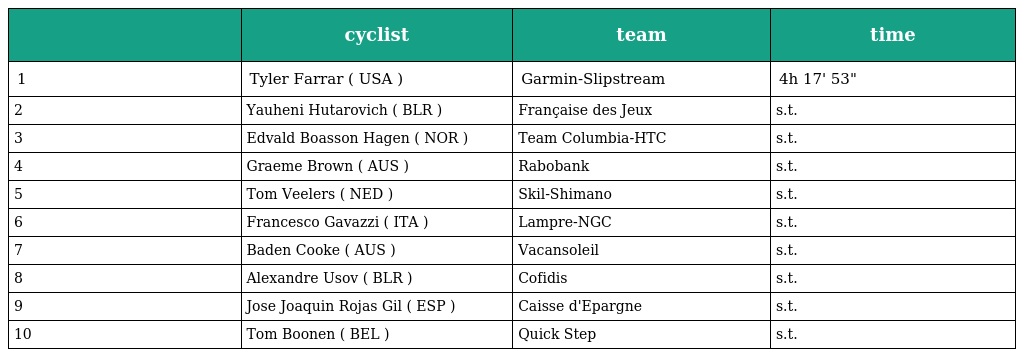
|  | cyclist | team | time |
 | --- | --- | --- | --- |
 | 1 | Tyler Farrar ( USA ) | Garmin-Slipstream | 4h 17' 53" |
 | 2 | Yauheni Hutarovich ( BLR ) | Française des Jeux | s.t. |
 | 3 | Edvald Boasson Hagen ( NOR ) | Team Columbia-HTC | s.t. |
 | 4 | Graeme Brown ( AUS ) | Rabobank | s.t. |
 | 5 | Tom Veelers ( NED ) | Skil-Shimano | s.t. |
 | 6 | Francesco Gavazzi ( ITA ) | Lampre-NGC | s.t. |
 | 7 | Baden Cooke ( AUS ) | Vacansoleil | s.t. |
 | 8 | Alexandre Usov ( BLR ) | Cofidis | s.t. |
 | 9 | Jose Joaquin Rojas Gil ( ESP ) | Caisse d'Epargne | s.t. |
 | 10 | Tom Boonen ( BEL ) | Quick Step | s.t. |